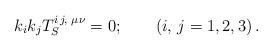
LaTeX: \begin{align*}k_i k_j T_S^{i\, j,\,\,\mu\nu}=0;\qquad \left(i,\, j=1,2,3\right).\end{align*}